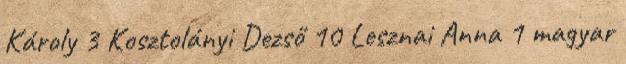
Károly 3 Kosztolányi Dezső 10 Lesznai Anna 1 magyar